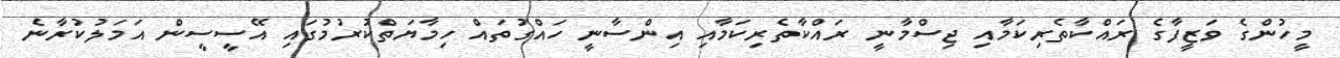
މީހުންގެ ވަޒީފާގެ ރައްކާތެރިކަމާއި ޖިސްމާނީ ރައްކާތެރިކަމާއި އިންސާނީ ހައްގުތައް ހިމާޔަތްކުރުމުގައި އޭސީސީން އަމަލުކުރާނެ